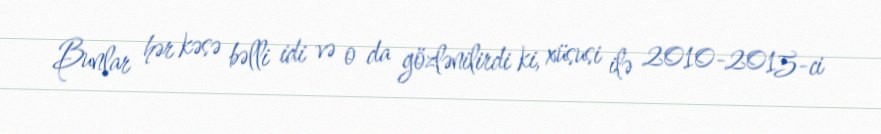
Bunlar hər kəsə bəlli idi və o da gözlənilirdi ki, xüsusi ilə 2010-2015-ci